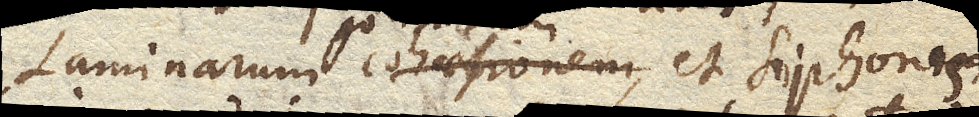
Laminarum cohaesionem, et Siphonis